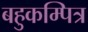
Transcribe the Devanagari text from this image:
बहुकम्पित्र